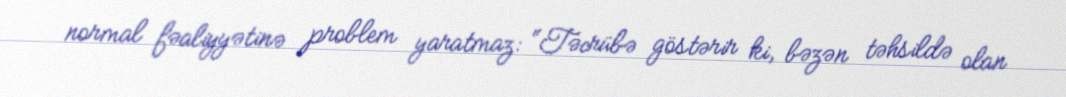
normal fəaliyyətinə problem yaratmaz: “Təcrübə göstərir ki, bəzən təhsildə olan